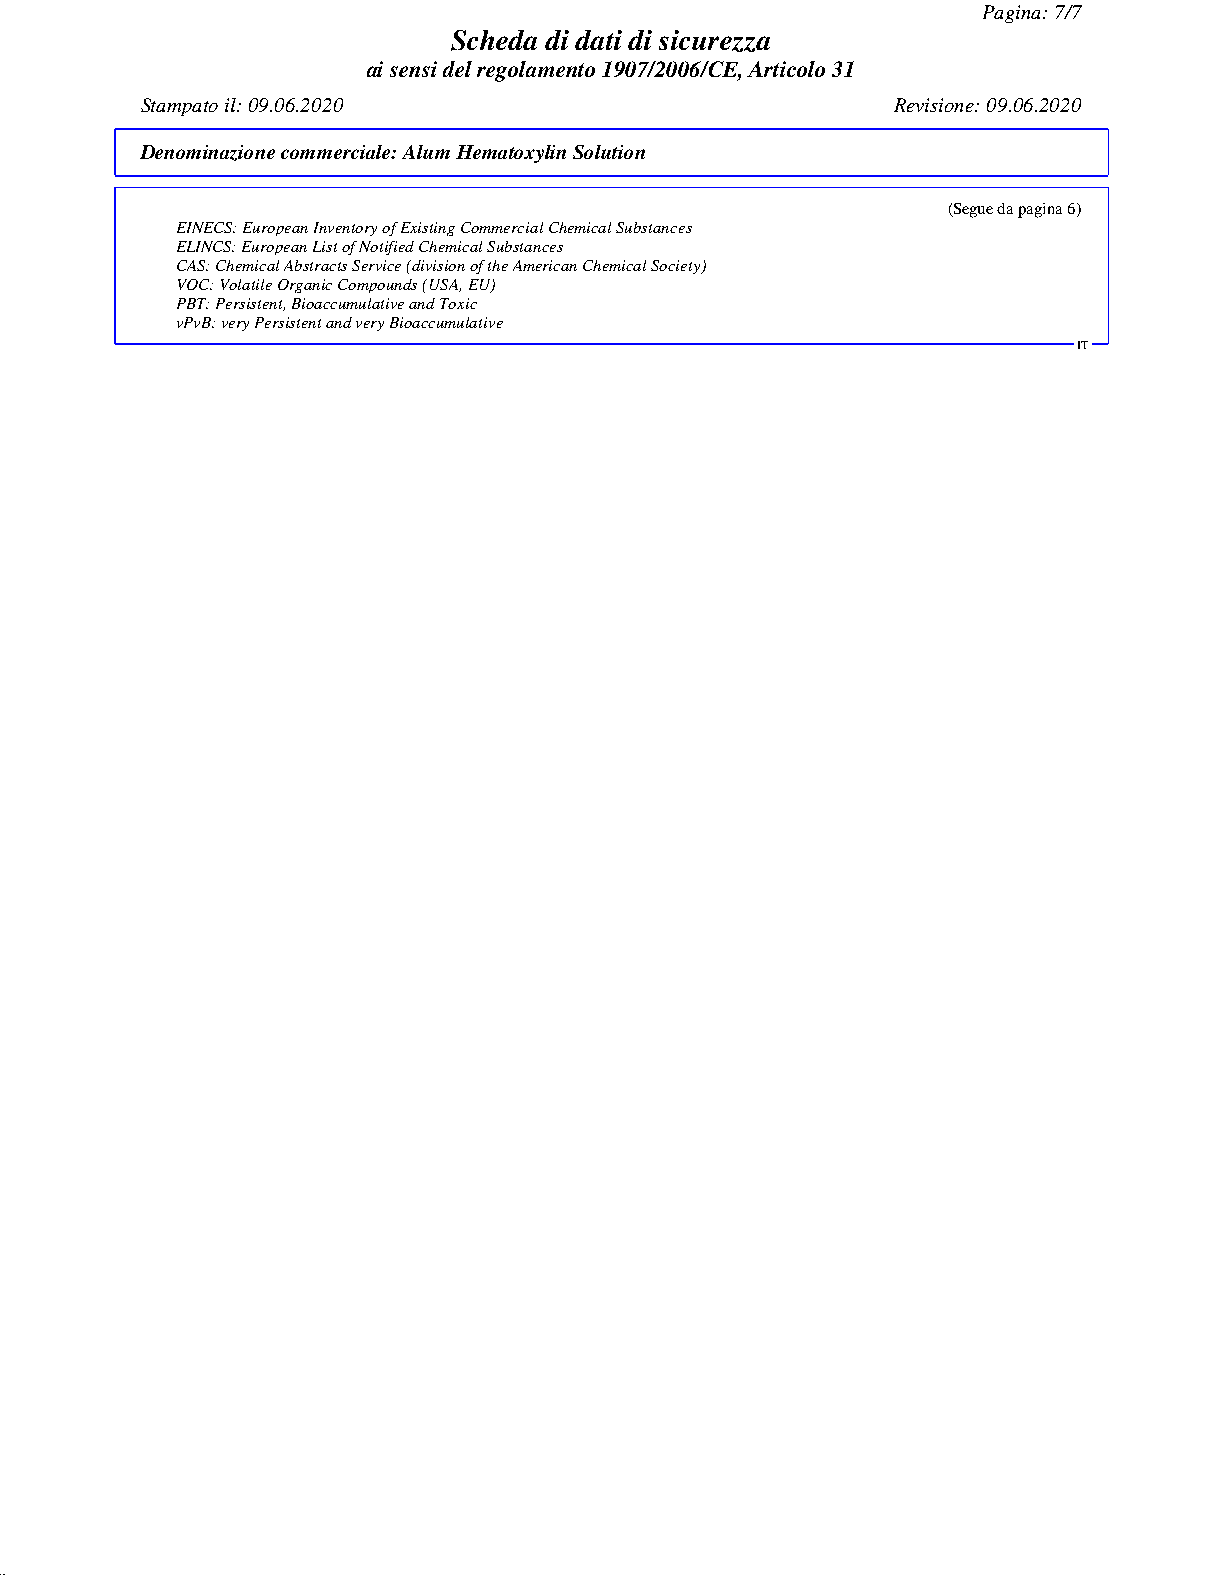
Pagina: 7/7
 Scheda di dati di sicurezza
 ai sensi del regolamento 1907/2006/CE, Articolo 31
 Stampato il: 09.06.2020                           Revisione: 09.06.2020
 Denominazione commerciale:Alum Hematoxylin Solution
 (Segue da pagina 6)
 EINECS: European Inventory of Existing Commercial Chemical Substances
 ELINCS: European List of Notified Chemical Substances
 CAS: Chemical Abstracts Service (division of the American Chemical Society)
 VOC: Volatile Organic Compounds (USA, EU)
 PBT: Persistent, Bioaccumulative and Toxic
 vPvB: very Persistent and very Bioaccumulative
 IT
 51.0.2